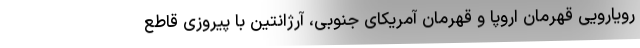
رویارویی قهرمان اروپا و قهرمان آمریکای جنوبی، آرژانتین با پیروزی قاطع